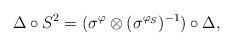
LaTeX: \begin{align*}\Delta \circ S^2 = (\sigma^{\varphi} \otimes (\sigma^{\varphi_S})^{-1})\circ \Delta,\end{align*}